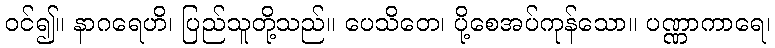
ဝင်၍။ နာဂရေဟိ၊ ပြည်သူတို့သည်။ ပေသိတေ၊ ပို့စေအပ်ကုန်သော။ ပဏ္ဏာကာရေ၊